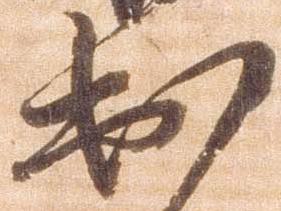
出